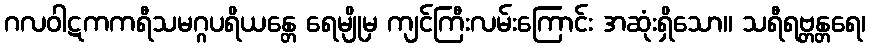
ဂလဝါဋကကရီသမဂ္ဂပရိယန္တေ ရေမျိုမှ ကျင်ကြီးလမ်းကြောင်း အဆုံးရှိသော။ သရီရဗ္တန္တရေ၊